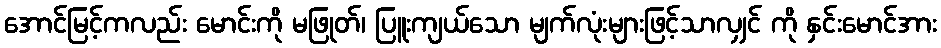
အောင်မြင့်ကလည်း မောင်းကို မဖြုတ်၊ ပြူးကျယ်သော မျက်လုံးများဖြင့်သာလျှင် ကို နှင်းမောင်အား